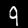
Digit: 9